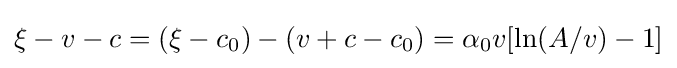
\xi -v-c=(\xi -c_{0})-(v+c-c_{0})=\alpha _{0}v[\ln(A/v)-1]